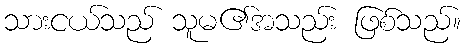
သားငယ်သည် သူမ၏အသည်း ဖြစ်သည်။